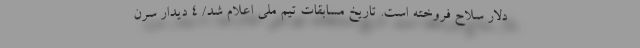
دلار سلاح فروخته است. تاریخ مسابقات تیم ملی اعلام شد/ ۴ دیدار سرن